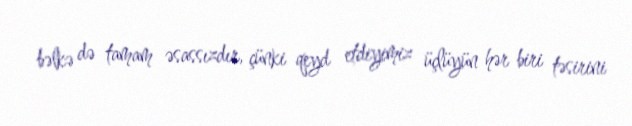
bəlkə də tamam əsassızdır, çünki qeyd etdiyimiz üçlüyün hər biri təsirini